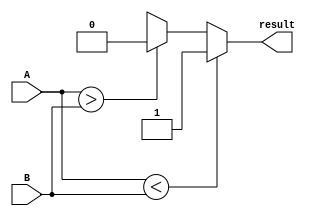
module signed_comparator (
    input signed [7:0] A,
    input signed [7:0] B,
    output reg result
);

always @* begin
    if (A < B) begin
        result = 1'b1; // A is less than B
    end else if (A > B) begin
        result = 1'b0; // A is greater than B
    end else begin
        result = 1'bx; // A is equal to B
    end
end

endmodule